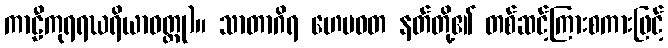
ကာဠီကုရရဃရိယာဝတ္ထု)။ သာတာဂိရ ဟေမဝတ နတ်တို့၏ တစ်ဆင့်ကြားစကားဖြင့်